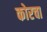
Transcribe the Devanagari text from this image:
कोरचा